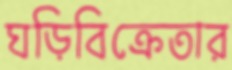
ঘড়িবিক্রেতার